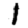
Digit: 1